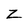
Character: z